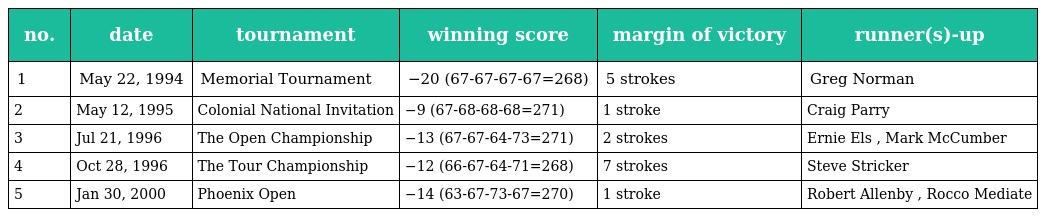
| no. | date | tournament | winning score | margin of victory | runner(s)-up |
 | --- | --- | --- | --- | --- | --- |
 | 1 | May 22, 1994 | Memorial Tournament | −20 (67-67-67-67=268) | 5 strokes | Greg Norman |
 | 2 | May 12, 1995 | Colonial National Invitation | −9 (67-68-68-68=271) | 1 stroke | Craig Parry |
 | 3 | Jul 21, 1996 | The Open Championship | −13 (67-67-64-73=271) | 2 strokes | Ernie Els , Mark McCumber |
 | 4 | Oct 28, 1996 | The Tour Championship | −12 (66-67-64-71=268) | 7 strokes | Steve Stricker |
 | 5 | Jan 30, 2000 | Phoenix Open | −14 (63-67-73-67=270) | 1 stroke | Robert Allenby , Rocco Mediate |